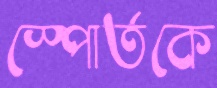
স্পোর্তকে